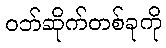
ဝဘ်ဆိုက်တစ်ခုကို